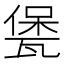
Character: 𤭭